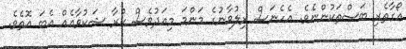
އޯގާތެރި ބަސްތަކުންނެވެ. އެހެނަސް ރިލުވާނުގެ މަންމަ މިއަދުވެސް ކުރާ ޝަކުވާއެއް އެބަ އޮތެވެ.